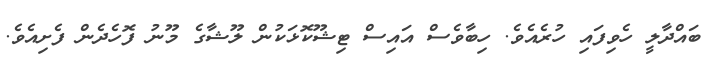
ބައްދާލީ ހެވިފައި ހުރެއެވެ. ހިބާވެސް އައިސް ޓިޝޫކޮޅަކުން ލޫޝާގެ މޫނު ފޮހެދެން ފެށިއެވެެ.